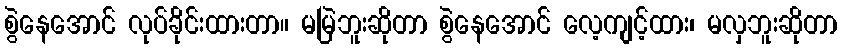
စွဲနေအောင် လုပ်ခိုင်းထားတာ။ မမြဲဘူးဆိုတာ စွဲနေအောင် လေ့ကျင့်ထား၊ မလှဘူးဆိုတာ